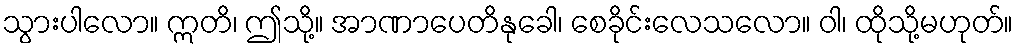
သွားပါလော။ ဣတိ၊ ဤသို့။ အာဏာပေတိနုခေါ၊ စေခိုင်းလေသလော။ ဝါ၊ ထိုသို့မဟုတ်။